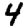
Digit: 4